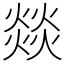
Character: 燚